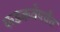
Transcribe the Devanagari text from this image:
फडकवेपर्यंत